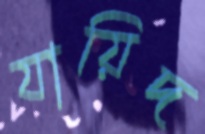
যায়িদ